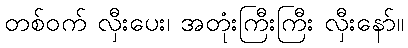
တစ်ဝက် လှီးပေး၊ အတုံးကြီးကြီး လှီးနော်။